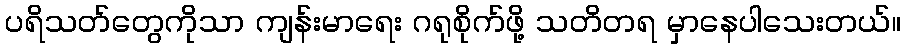
ပရိသတ်တွေကိုသာ ကျန်းမာရေး ဂရုစိုက်ဖို့ သတိတရ မှာနေပါသေးတယ်။